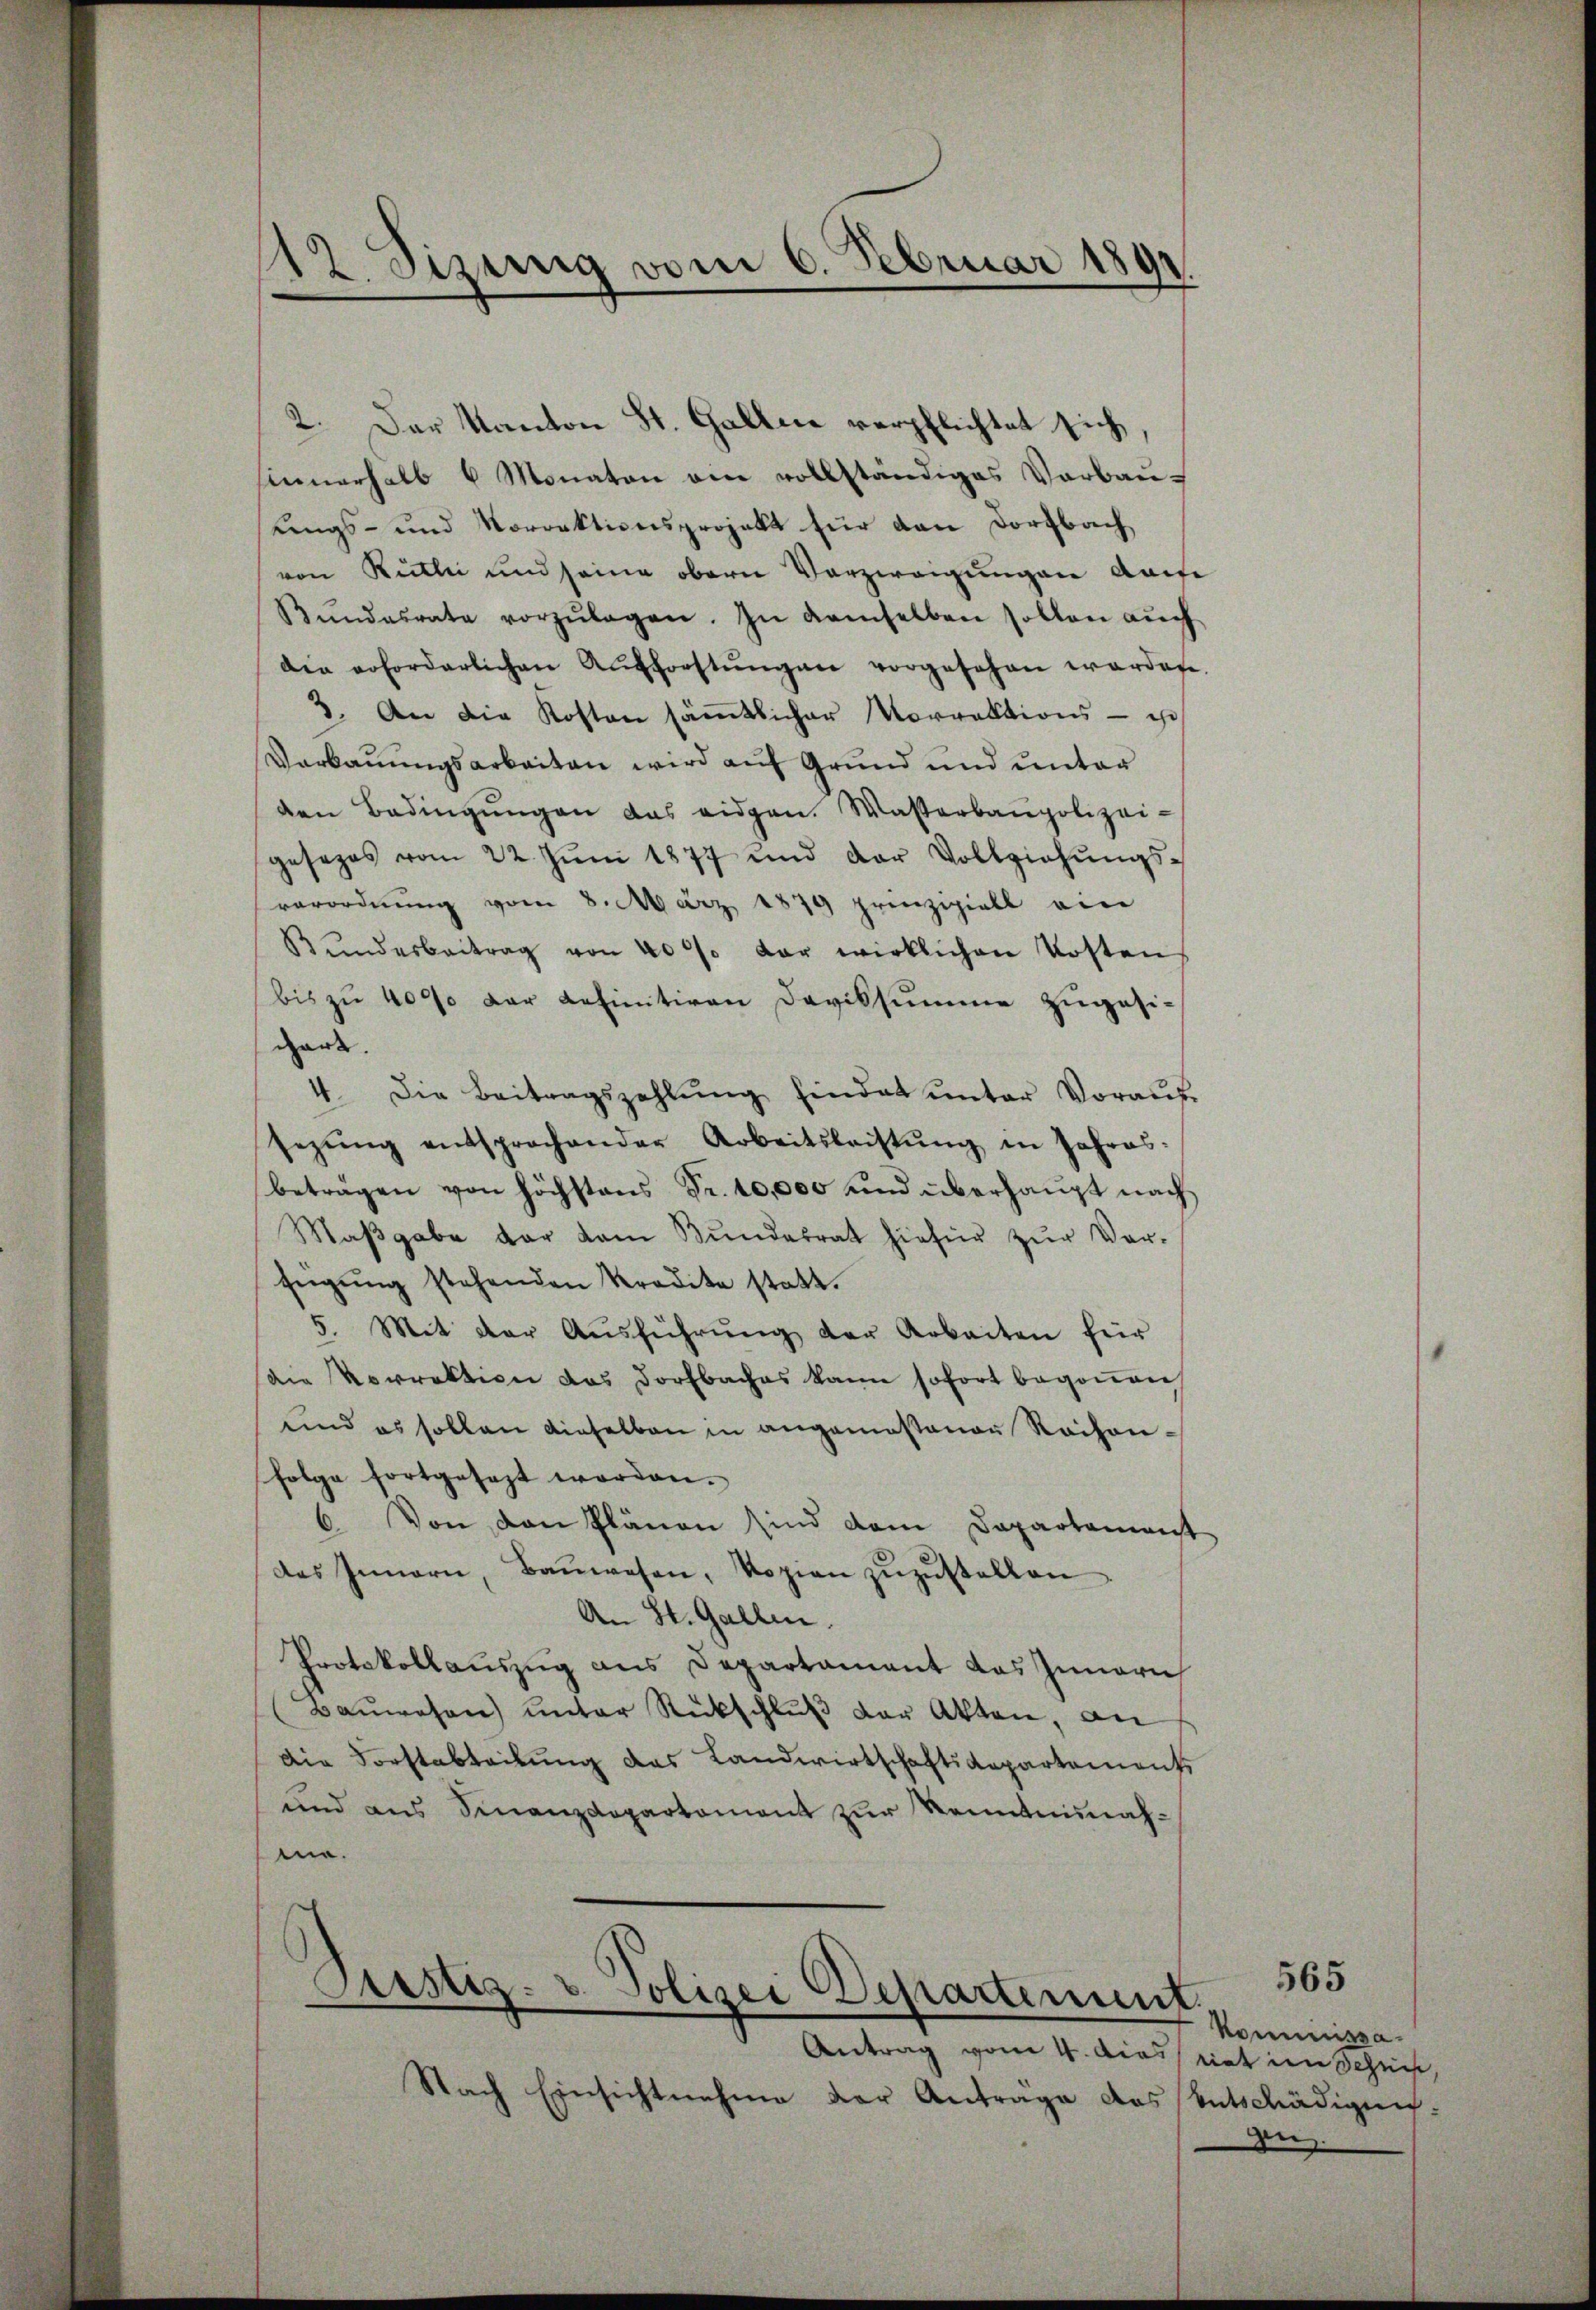
112. Sizung vom 6. Februar 1891

Einnerhalb 6 Monaten ein vollständiges Verbau-
lings- und Vorrektionsprojekt für den Dorfbach
von Rütli und seine obern Verzweigungen Kaise
Bŭndesrate vorzŭlagen. In demselben sollen aŭch
die erforderlichen Aufforstŭngen vorgesehen werden.
2. An die Kosten sämtlicher Vorrektions - ist
Verkanungsarbeiten wird auf Grund und unter
den Bedingŭngen das eidgen. Wasserbaupolizei-
gesezes vom 22. Jŭni 1877 und der Vollziehŭngs-
verordnŭng vom 8. März 1879 prinzipiell ein
Bŭndesbeitrag von 40% der wirklichen Kosten
(bis zu 4000 der definitiven Daviksumme zugesigart.
4. Die Beitragszahlŭng hindet ŭnter Voraŭf-
sezŭng entsprochender Arbeitsleistŭng in Jahres.
beträgen von höchstens Fr. 10,000 und überhaupt nach
Maβgabe dar kam Bŭndesrat hiefür zŭr Ver-
fügŭng stehenden Kredite statt.
5. Mit der Aŭsführŭng der Arbeiten für
die Vorrektion das Dorfbaches kann sofort begoṅen
und es sollen dieselben in angemeßenen Raison-
folge fortgesezt worden.
6. Von den Plänen sind dem Departemonst
des Innern, Baŭwesen, Kopien zŭzŭstellen
An St. Gallen.
Protokollauszug aus Departament das Innern
Baŭwesen ŭnter Rückschlŭβ der Akten, an
Die Forstabteilŭng das Landwirtschaftsdepartement
und aus Finanzdepartement zur Kenntnisnahma.

2. Der Kanton St. Gallen verpflichtet sich,

Pristis. v. Polizei Departement.
.

Antrag vom 4. Die
Nach Einsichtnahme der Antrage das Entschädigun¬

Kommissa¬
 riet im Scheit,
de

565